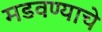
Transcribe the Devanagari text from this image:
मडवण्याचे